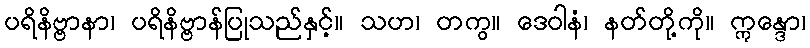
ပရိနိဗ္ဗာနာ၊ ပရိနိဗ္ဗာန်ပြုသည်နှင့်။ သဟ၊ တကွ။ ဒေဝါနံ၊ နတ်တို့ကို။ ဣန္ဒော၊